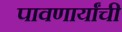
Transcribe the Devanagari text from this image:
पावणार्यांची